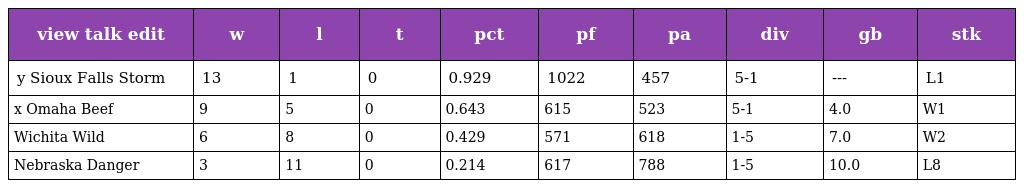
| view talk edit | w | l | t | pct | pf | pa | div | gb | stk |
 | --- | --- | --- | --- | --- | --- | --- | --- | --- | --- |
 | y Sioux Falls Storm | 13 | 1 | 0 | 0.929 | 1022 | 457 | 5-1 | --- | L1 |
 | x Omaha Beef | 9 | 5 | 0 | 0.643 | 615 | 523 | 5-1 | 4.0 | W1 |
 | Wichita Wild | 6 | 8 | 0 | 0.429 | 571 | 618 | 1-5 | 7.0 | W2 |
 | Nebraska Danger | 3 | 11 | 0 | 0.214 | 617 | 788 | 1-5 | 10.0 | L8 |